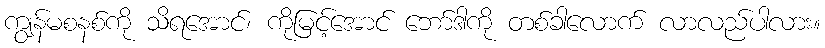
ကျွန်မစနစ်ကို သိရအောင်၊ ကိုမြင့်အောင် ဘော်ဒါကို တစ်ခါလောက် လာလည်ပါလား။